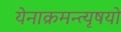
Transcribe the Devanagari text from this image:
येनाक्रमन्त्यृषयो